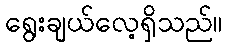
ရွေးချယ်လေ့ရှိသည်။